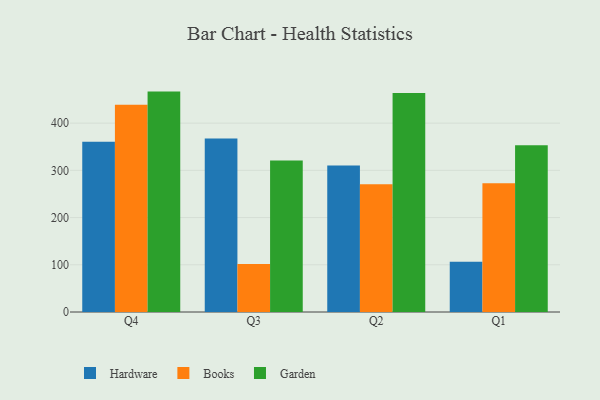
{"axis": {"x": "Quarter", "y": "Shipments"}, "legend": ["Books", "Garden", "Hardware"], "data": [{"x": "Q4", "y": 360.4, "type": "Hardware"}, {"x": "Q4", "y": 438.7, "type": "Books"}, {"x": "Q4", "y": 466.8, "type": "Garden"}, {"x": "Q3", "y": 367.3, "type": "Hardware"}, {"x": "Q3", "y": 101.5, "type": "Books"}, {"x": "Q3", "y": 321.1, "type": "Garden"}, {"x": "Q2", "y": 310.3, "type": "Hardware"}, {"x": "Q2", "y": 270.5, "type": "Books"}, {"x": "Q2", "y": 463.8, "type": "Garden"}, {"x": "Q1", "y": 106.4, "type": "Hardware"}, {"x": "Q1", "y": 272.6, "type": "Books"}, {"x": "Q1", "y": 353.2, "type": "Garden"}]}